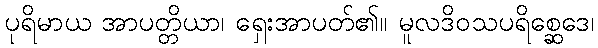
ပုရိမာယ အာပတ္တိယာ၊ ရှေးအာပတ်၏။ မူလဒိဝသပရိစ္ဆေဒေ၊